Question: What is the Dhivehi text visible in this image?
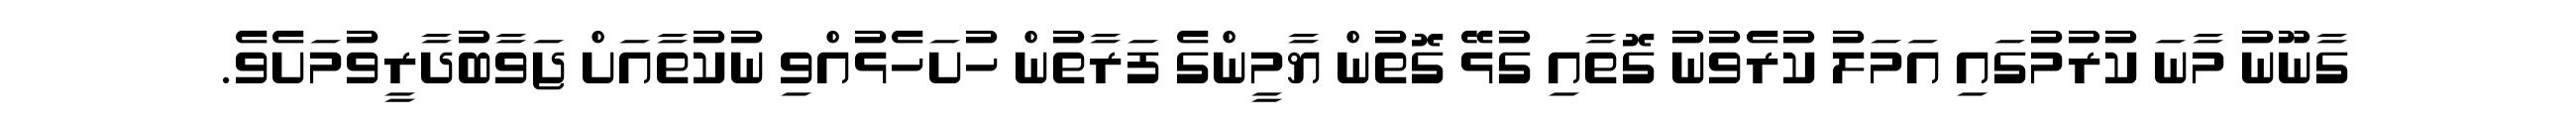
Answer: ގާނޫނު މާނަ ކުރުމުގައި އަމަލު ކުރެވުނު ގޮތާއި ގުޅޭ ގޮތުން ޔާމީންގެ ފަރާތުން ހުށަހެޅުއްވި ނުކުތާއަށް ޖަވާބުދާރީވުމަށެވެ.